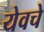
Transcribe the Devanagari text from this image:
येवचे